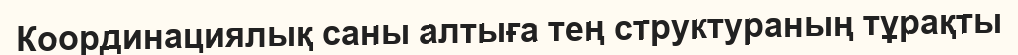
Координациялық саны алтыға тең структураның тұрақты